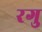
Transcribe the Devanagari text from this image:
रगु